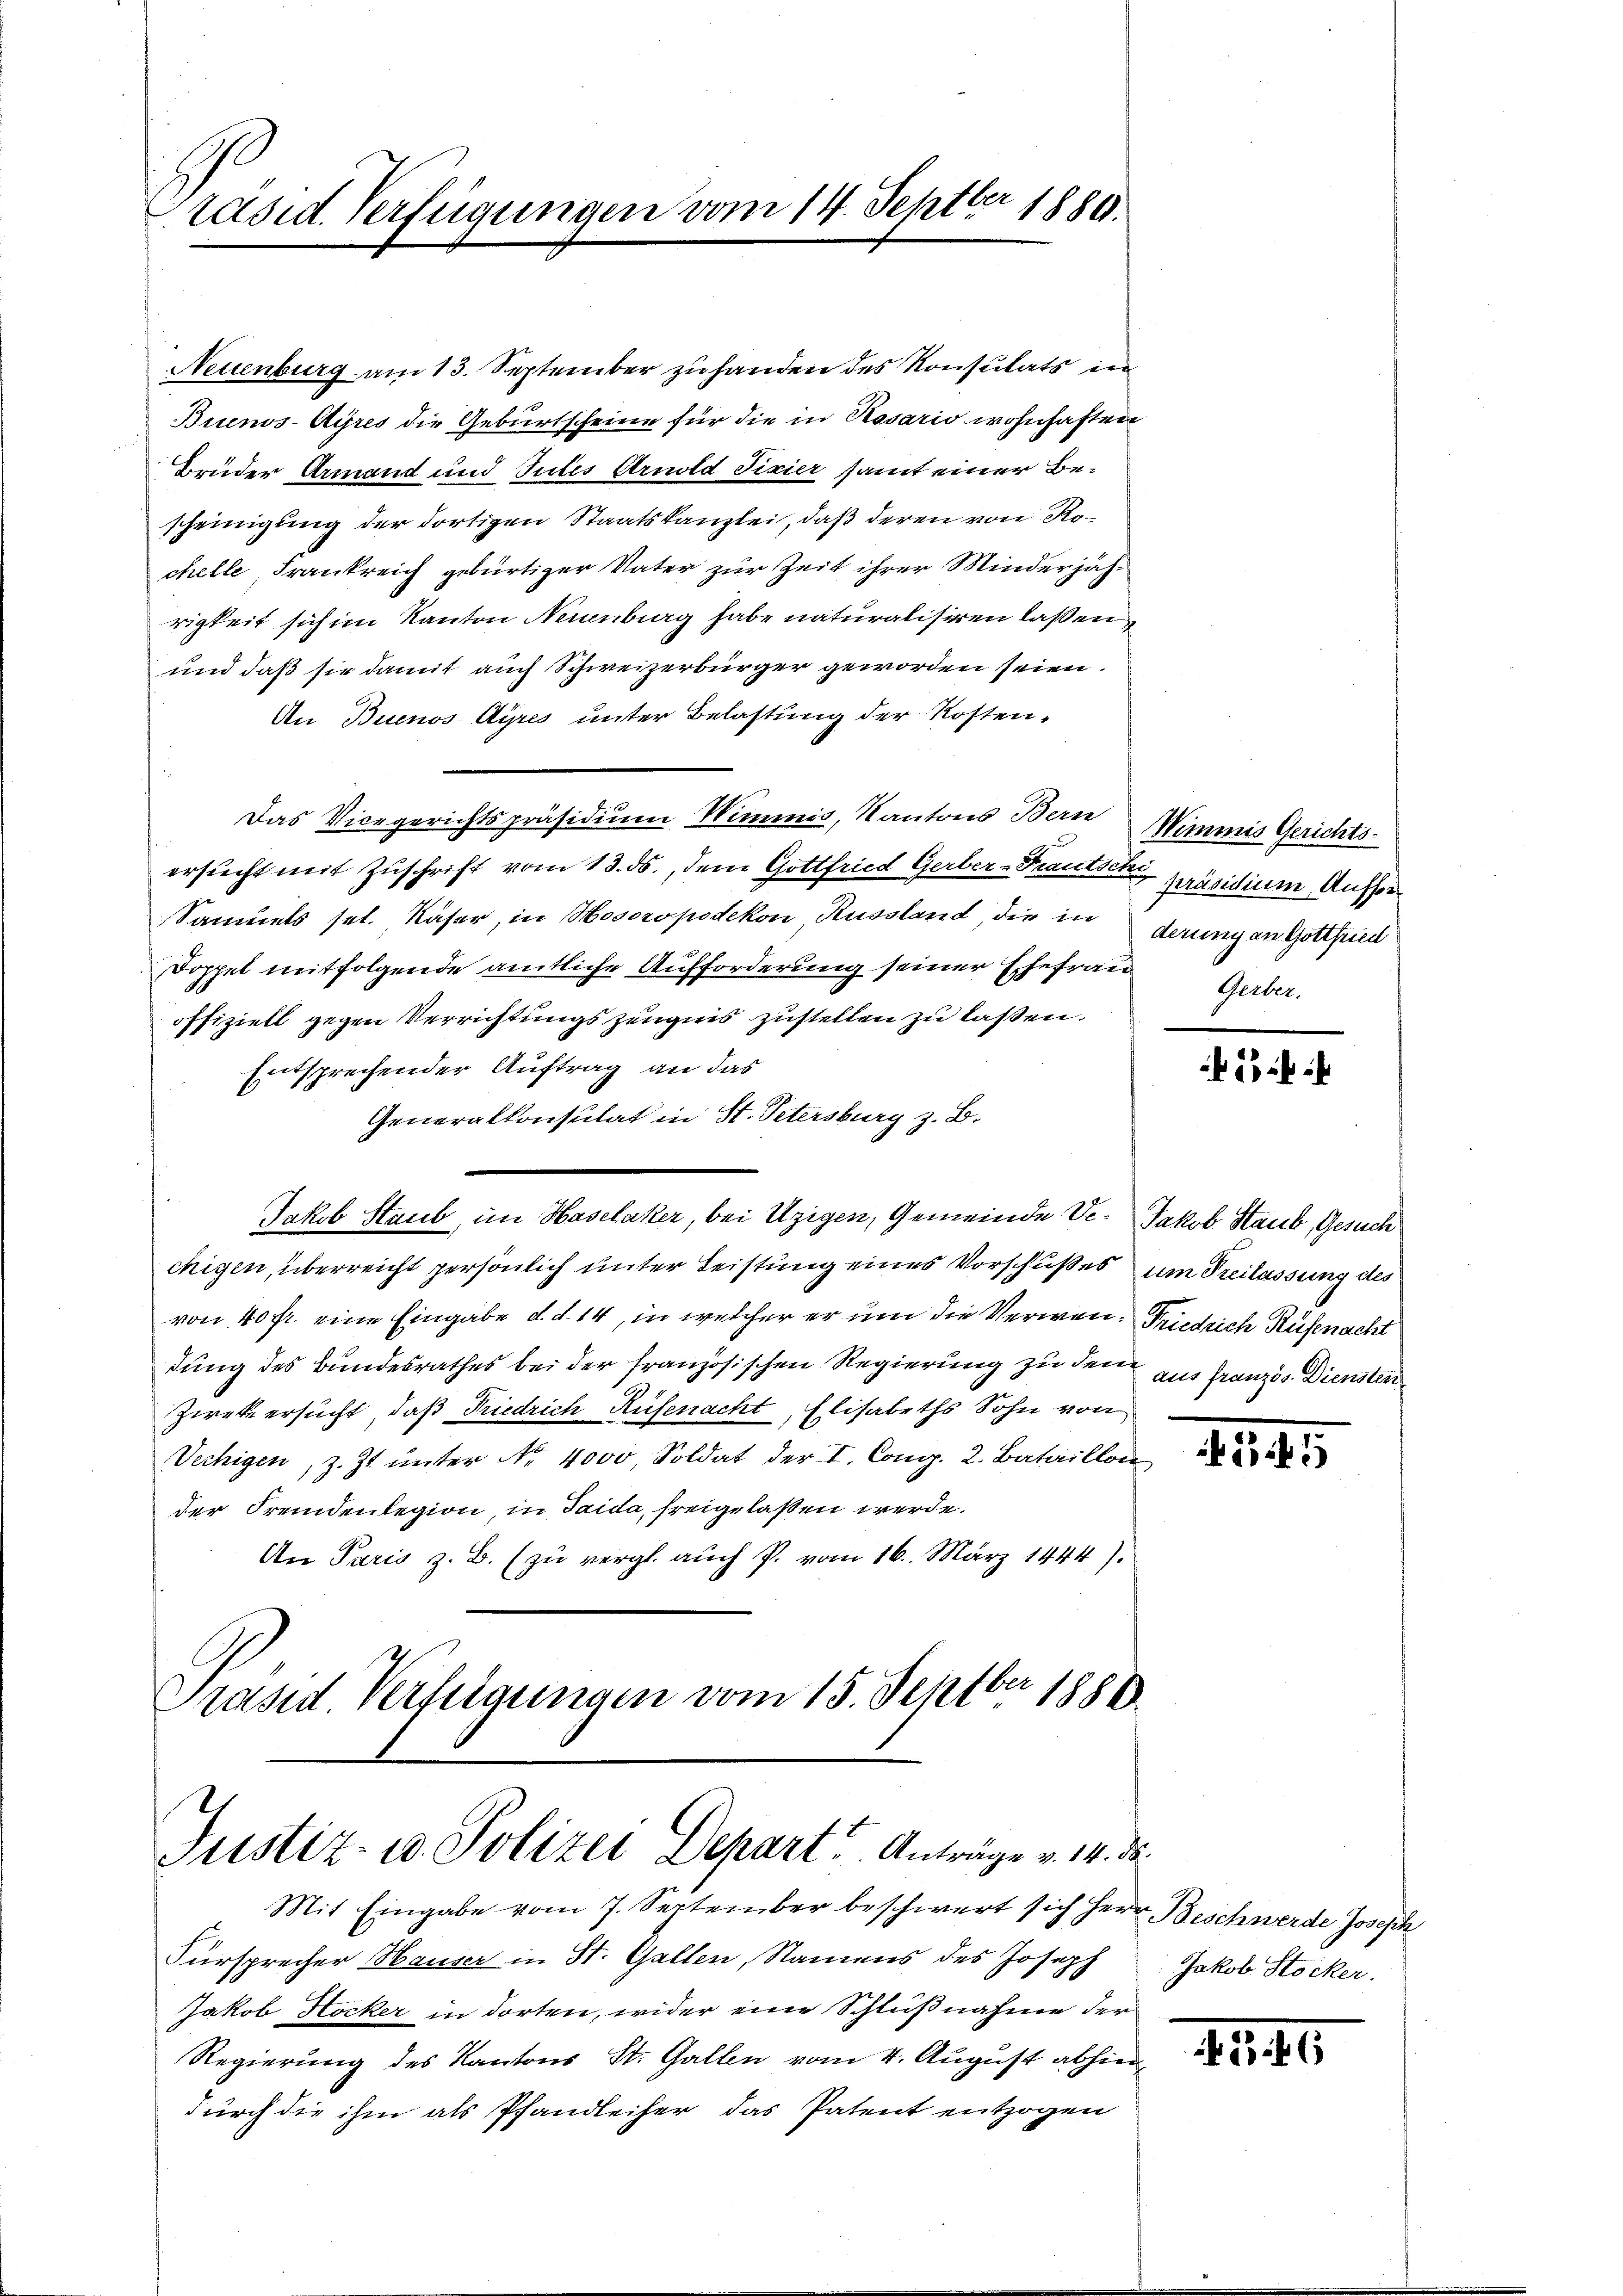
Präsid. Verfügungen vom 14. Septber 1880.

Neuenburg am 13. September zu handen des Konsulats in
Brunos-Ayres die Geburtscheine für die in Rosario wohnhaften
Brüder Armand und Tutes Arnold Fixier samt einer Bescheinigung der dortigen Staatskanzlei, daß deren von Rochelle Frankreich gebürtiger Vater zur Zeit ihrer Minderjährigkeit sich im Kanton Neuenburg habe naturalisiren laßen,
und daß sie damit auch Schweizerbürger geworden seien.
An Buenos-Ayres unter Belastung der Kosten-
Das Vicegerichtspräsidium Wimmnis, Kantons Bern
ersucht mit Zuschrift vom 13. ds., dem Gottfried Gerber-Frautsch präsidium Ausser¬
Samuels sel. Kaser, in Hosoropodikon Russland, die in derung an Gottfried
Doppel mitfolgende amtliche Aufforderung seiner Ehefrau Geber.
offiziell gegen Verrichtungszeugnis zustellen zu lassen.
Entsprechender Auftrag an das
Generalkonsulat in St. Petersburg z. B.
Jakob Staub, im Haselaker, bei Uzigen, Gemeinde Ve. Jakob Staub, Gesuch
chigen, überreicht persönlich unter Leistung eines Vorschußes um Freilassung des
von 40 fr. eine Eingabe d. d. 14, in welcher er um die Verwen- Friedrich Küßnacht
dung des Bundesrathes bei der französischen Regierung zu dem aus französ. Diensten
Zweke ersucht, daß Friedrich Rüfenacht, Elisabeths Sohn von
Vechigen, z. Zt. unter Nr. 4000, Soldat der I. Comp. 2. Bataillon
der Fremdenlegion, in Taida, freigelaßen werde.
An Paris z. B. (zu vergl. auch P. vom 16. März 1444).
Präsid. Verfügungen vom 15. Septbr 1880

.
Justiz- u. Polizei Depart. Anträge v. 14. d.

Mit Eingabe vom 7. September beschwert sich Herr Beschwerde Joseph
Fürsprecher Hauser in St. Gallen, Namens des Joseph
Jakob Hocker in dorten, wider eine Schlußnahme der
Regierung des Kantons St. Gallen vom 4. August abhindurch die ihm als Pfandleiher das Patent entzogen

Wemmnis Gerichts-

:

1145

Jakob Stocker.

46